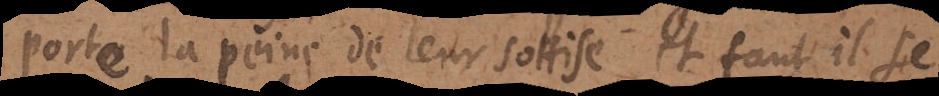
porte la peine de leur sottise, et faut il se